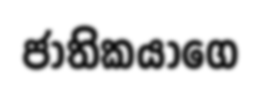
ජාතිකයාගෙ